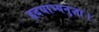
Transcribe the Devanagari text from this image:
हृदयाभ्यनुज्ञा।